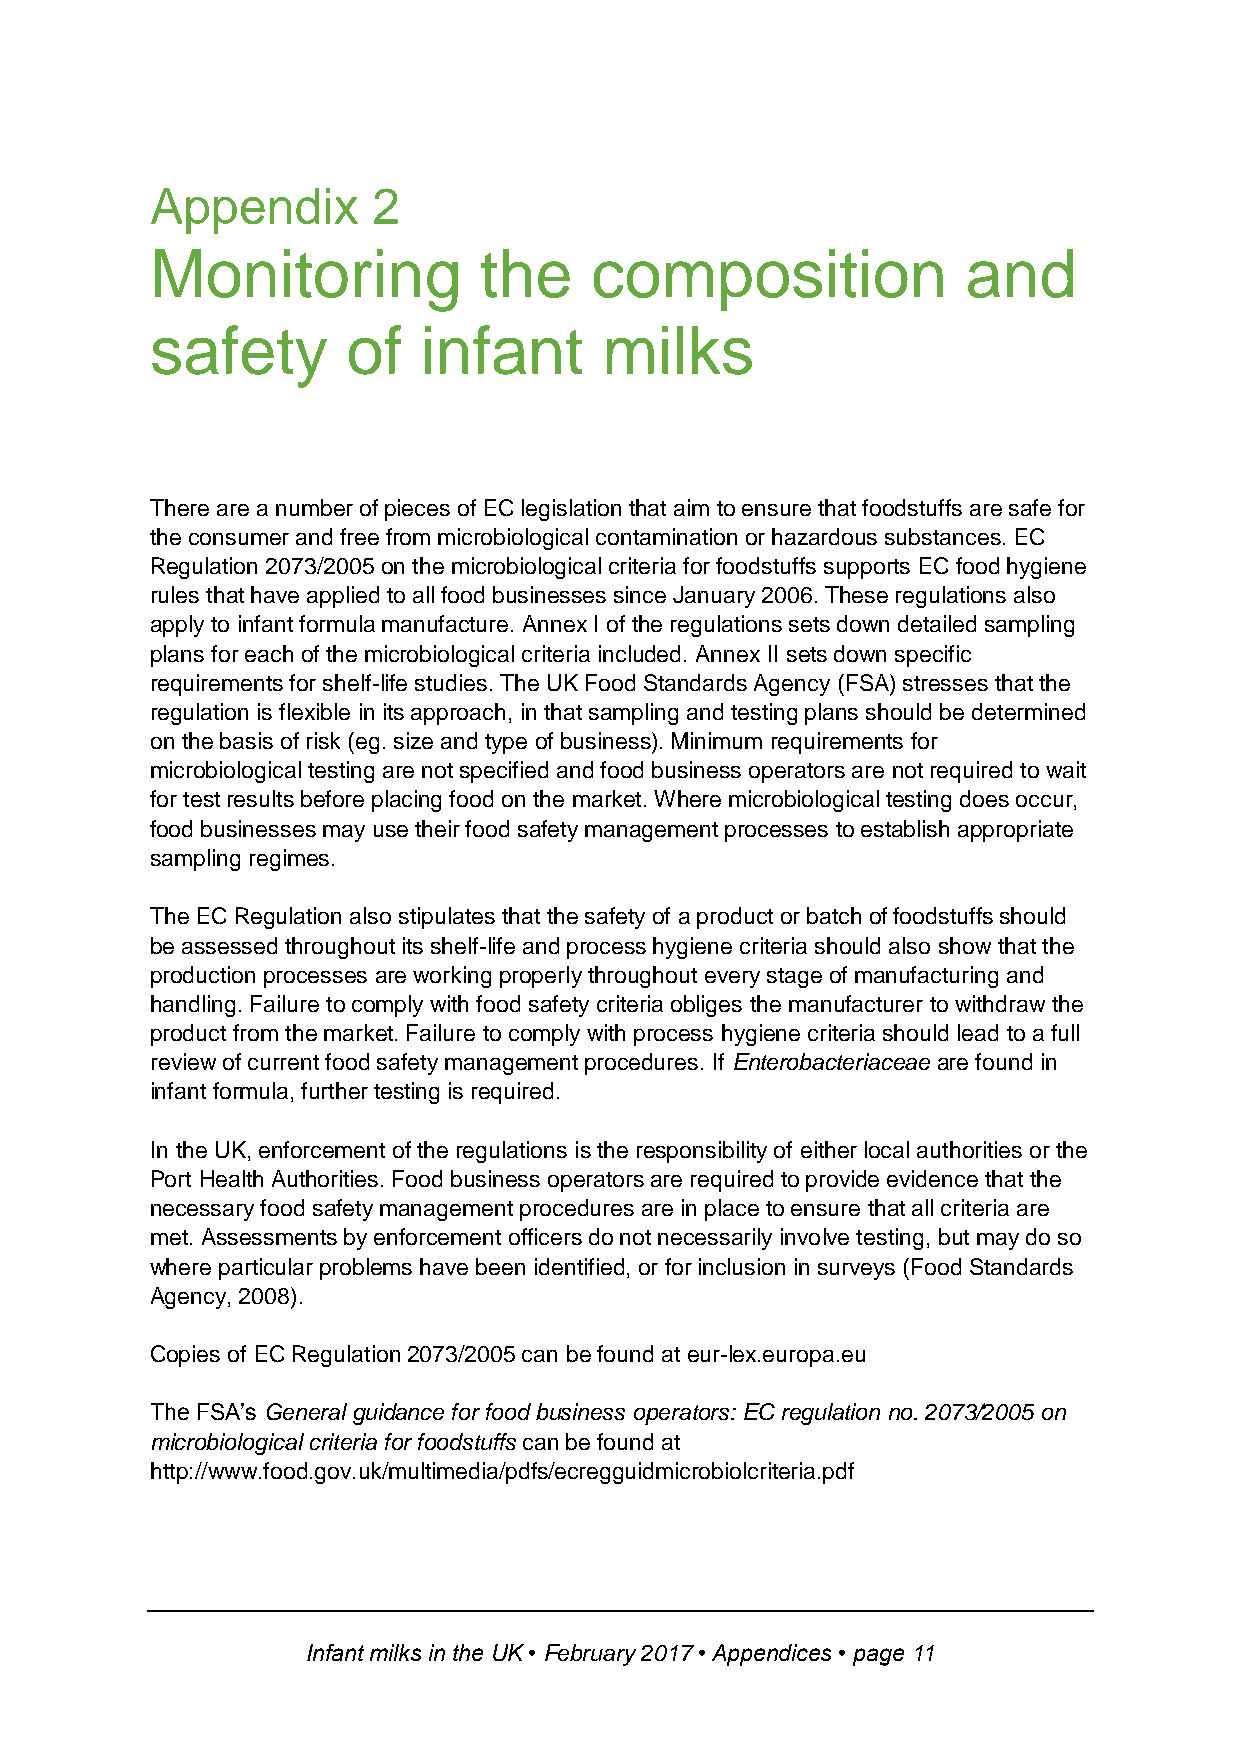
Appendix       2
 Monitoring            the    composition              and
 safety       of   infant      milks
 There are a number of pieces of EC legislation that aim to ensure that foodstuffs are safe for
 the consumer and free from microbiological contamination or hazardous substances. EC
 Regulation 2073/2005 on the microbiological criteria for foodstuffs supports EC food hygiene
 rules that have applied to all food businesses since January 2006. These regulations also
 apply to infant formula manufacture. Annex I of the regulations sets down detailed sampling
 plans for each of the microbiological criteria included. Annex II sets down specific
 requirements for shelf-life studies. The UK Food Standards Agency (FSA) stresses that the
 regulation is flexible in its approach, in that sampling and testing plans should be determined
 on the basis of risk (eg. size and type of business). Minimum requirements for
 microbiological testing are not specified and food business operators are not required to wait
 for test results before placing food on the market. Where microbiological testing does occur,
 food businesses may use their food safety management processes to establish appropriate
 sampling regimes.
 The EC Regulation also stipulates that the safety of a product or batch of foodstuffs should
 be assessed throughout its shelf-life and process hygiene criteria should also show that the
 production processes are working properly throughout every stage of manufacturing and
 handling. Failure to comply with food safety criteria obliges the manufacturer to withdraw the
 product from the market. Failure to comply with process hygiene criteria should lead to a full
 review of current food safety management procedures. If Enterobacteriaceae are found in
 infant formula, further testing is required.
 In the UK, enforcement of the regulations is the responsibility of either local authorities or the
 Port Health Authorities. Food business operators are required to provide evidence that the
 necessary food safety management procedures are in place to ensure that all criteria are
 met. Assessments by enforcement officers do not necessarily involve testing, but may do so
 where particular problems have been identified, or for inclusion in surveys (Food Standards
 Agency, 2008).
 Copies of EC Regulation 2073/2005 can be found at eur-lex.europa.eu
 The FSA’s General guidance for food business operators: EC regulation no. 2073/2005 on
 microbiological criteria for foodstuffs can be found at
 http://www.food.gov.uk/multimedia/pdfs/ecregguidmicrobiolcriteria.pdf
 Infant milks in the UK • February 2017 • Appendices • page 11